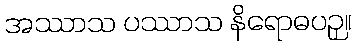
အဿာသ ပဿာသ နိရောဓပဉှ။